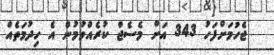
ޖެހުމަށްފަހު 343 އަށް މެސެޖް ކުރެއްވުމުން އެ ހިދުމަތެއް